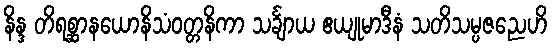
နိန္ဒ တိရစ္ဆာနယောနိသံဝတ္တနိကာ သင်္ချာယ ဧယျုမာဒီနံ သတိသမ္ပဇညေဟိ